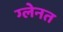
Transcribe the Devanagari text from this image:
ग्लेनत